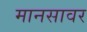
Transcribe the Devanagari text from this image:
मानसावर